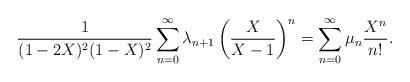
LaTeX: \begin{align*} \frac{1}{(1-2X)^2(1-X)^2}\sum_{n=0}^{\infty} \lambda_{n+1} \left( \frac{X}{X-1}\right)^n= \sum_{n=0}^{\infty} \mu_n \frac{X^n}{n!}.\end{align*}